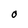
Character: O